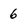
Character: 6